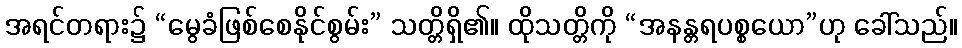
အရင်တရား၌ “မွေခံဖြစ်စေနိုင်စွမ်း” သတ္တိရှိ၏။ ထိုသတ္တိကို “အနန္တရပစ္စယော”ဟု ခေါ်သည်။